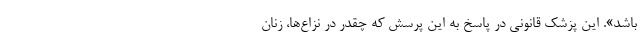
باشد». این پزشک قانونی در پاسخ به این پرسش که چقدر در نزاع‌ها، زنان